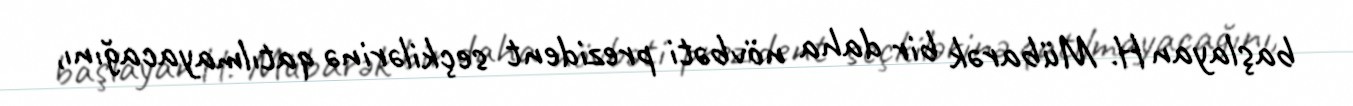
başlayan H. Mübarək bir daha növbəti prezident seçkilərinə qatılmayacağını,